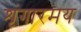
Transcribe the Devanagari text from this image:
शृंगारमय